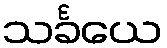
သင်္ခယေ